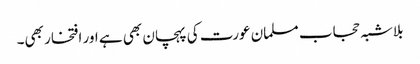
بلاشبہ حجاب مسلمان عورت کی پہچان بھی ہے اور افتخار بھی۔